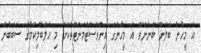
އެ މީހުން ބަލަން ބޭނުންވޭ އެ މީހުންގެ އިންވެސްޓްމަންޓްތަކަށް މި ހަލަބޮލިކަމުގެ ސަބަބުން